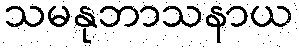
သမနုဘာသနာယ